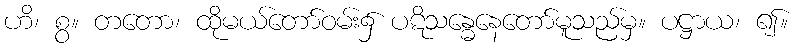
ဟိ၊ စွ။ တတော၊ ထိုမယ်တော်ဝမ်း၌ ပဋိသန္ဓေနေတော်မူသည်မှ။ ပဋ္ဌာယ၊ ၍။